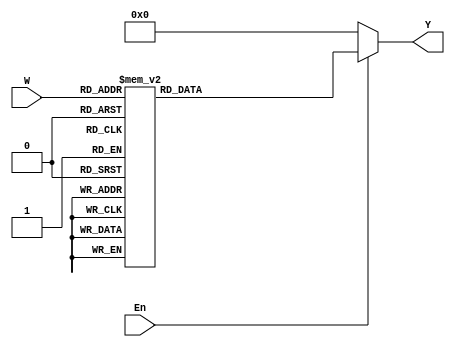
module dec3to8(W, En, Y);
input wire [2:0] W;
input wire En; 
output reg [7:0] Y;

always @(W or En) 
	begin
		if (En == 1)
			case (W)
				3'b111: Y = 8'b10000000;
				3'b110: Y = 8'b01000000;
				3'b101: Y = 8'b00100000;
				3'b100: Y = 8'b00010000;
				3'b011: Y = 8'b00001000;
				3'b010: Y = 8'b00000100;
				3'b001: Y = 8'b00000010;
				3'b000: Y = 8'b00000001; 
			endcase 
		else
			Y = 8'b00000000;

	 end
endmodule